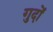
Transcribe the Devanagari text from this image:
गुदों